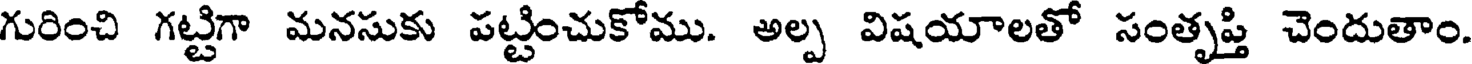
గురించి గట్టిగా మనసుకు పట్టించుకోము. అల్ప విషయాలతో సంతృప్తి చెందుతాం.